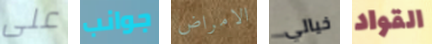
على جوانب الامراض خيالي القواد